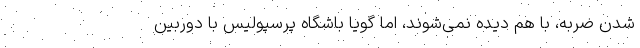
شدن ضربه، با هم دیده نمی‌شوند، اما گویا باشگاه پرسپولیس با دوربین